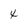
Character: 4